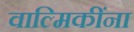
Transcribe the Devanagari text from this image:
वाल्मिकींना